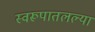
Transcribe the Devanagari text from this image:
स्वरूपातलल्या